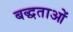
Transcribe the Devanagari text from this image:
बद्धताओं